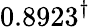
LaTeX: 0.8923^{\dagger}